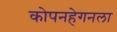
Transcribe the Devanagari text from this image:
कोपनहेगनला